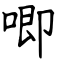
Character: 唧